Reports on dispensaries and lunatic asylums in the Province of Oudh - 1869-1876
Year: 1869
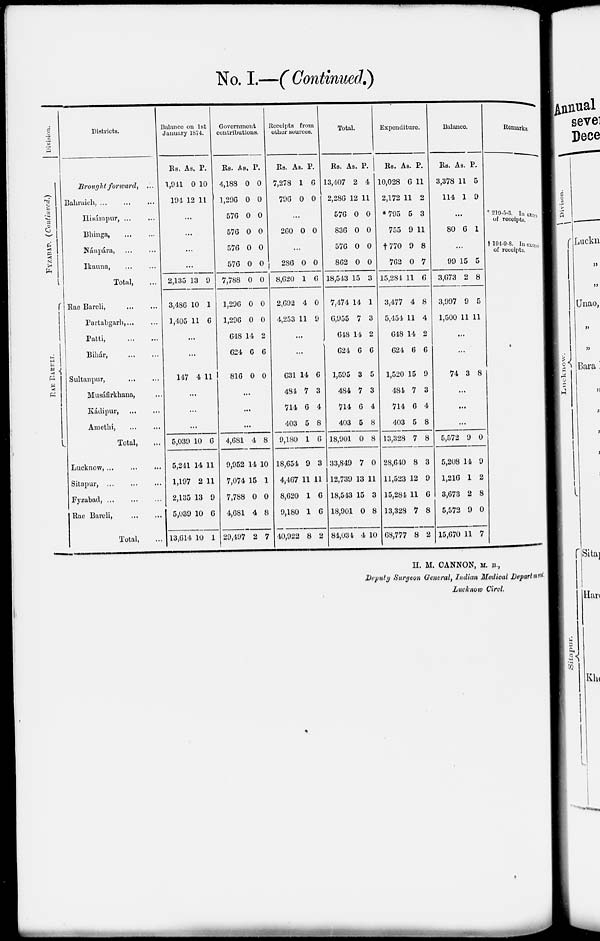
No. I.—(Continued.)
Division.
FYZABAD. (Continued.)
RAE
BARELI.
Districts.
Brought, forward,
...
Bahraich, ... ... ...
Hisámpur, ... ...
Bhinga, ... ...
Nánpára, ... ...
Ikauna, ... ...
Total, ...
Rae Bareli,
...
...
Partabgarh, ... ...
Patti,
...
...
Bihár, ... ...
Sultanpur,
...
...
Musáfirkhana, ...
Kádipur, ... ...
Amethi,
...
...
Total, ...
Lucknow, ... ... ...
Sitapur, ... ... ...
Fyzabad,
...
...
...
Rae Bareli, ... ...
Total, ...
Balance on 1st
January 1874.
Rs,
1,941
194
As.
0
12
P.
10
11
...
...
...
...
2,135
3,486
1,405
13
10
11
9
1
6
...
...
147 4 11
...
...
...
5,039
5,241
1,197
2,135
5,039
13,614
10
14
2
13
10
10
6
11
11
9
6
1
Government
contributions.
Rs.
4,188
1,296
576
576
576
576
7,788
1,296
1,296
648
624
816
As.
0
0
0
0
0
0
0
0
0
14
6
0
P.
0
0
0
0
0
0
0
0
0
2
6
0
...
...
...
4,681
9,952
7,074
7,788
4,681
29,497
4
14
15
0
4
2
8
10
1
0
8
7
Receipts from
other sources.
Rs.
7,278
796
As.
1
0
P.
6
0
...
260 0 0
...
286
8,620
2,692
4,253
0
1
4
11
0
6
0
9
...
...
631
484
714
403
9,180
18,654
4,467
8,620
9,180
40,922
14
7
6
5
1
9
11
1
1
8
6
3
4
8
6
3
11
6
6
2
Total.
Rs.
13,407
2,286
576
836
576
862
18,543
7,474
6,955
648
624
1,595
484
714
403
18,901
33,849
12,739
18,543
18,901
84,034
As.
2
12
0
0
0
0
15
14
7
14
6
3
7
6
5
0
7
13
15
0
4
P.
4
11
0
0
0
0
3
1
3
2
6
5
3
4
8
8
0
11
3
8
10
Expenditure.
Rs.
10,028
2,172
*795
755
† 770
762
15,284
3,477
5,454
648
624
1,520
484
714
403
13,328
28,640
11,523
15,284
13,328
68,777
As.
6
11
5
9
9
0
11
4
11
14
6
15
7
6
5
7
8
12
11
7
8
P.
11
2
3
11
8
7
6
8
4
2
6
9
3
4
8
8
3
9
6
8
2
Balance
Rs.
3,378
114
As.
11
1
P.
5
9
...
80 6 1
...
99
3,673
3,997
1,500
15
2
9
11
5
8
5
11
...
...
74 3 8
...
...
...
5,572
5,208
1,216
3,673
5,572
15,670
9
14
1
2
9
11
0
9
2
8
0
7
Remarks.
* 210-5-3. In exces
of receipts.
† 194-9-8. In exces
of receipts.
H. M. CANNON, M. B.,
Deputy Surgeon General, Indian Medical Department
Lucknow Circl.